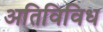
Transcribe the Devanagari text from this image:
अतिविविध